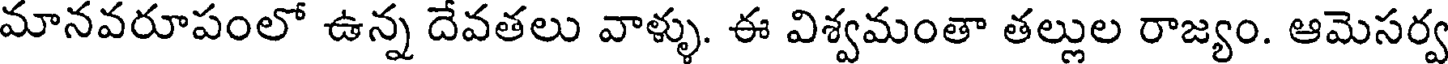
మానవరూపంలో ఉన్న దేవతలు వాళ్ళు. ఈ విశ్వమంతా తల్లుల రాజ్యం. ఆమెసర్వ